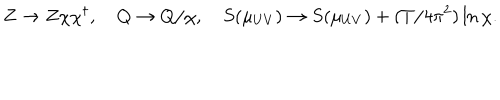
LaTeX: Z \to Z \chi \chi ^ { \dagger } , \quad Q \to Q / \chi , \quad S ( \mu _ { U V } ) \to S ( \mu _ { U V } ) + ( T / 4 \pi ^ { 2 } ) \ln \chi .